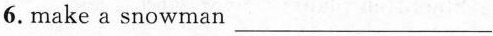
6.make a snowman ___